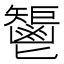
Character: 𩰤